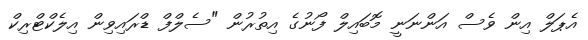
އެޕަލް އިން ވެސް އަންނަނީ މޮބައިލް ފޯނުގެ އިތުރުން "ސެލްފް ޑްރައިވިން އިލެކްޓްރިކް